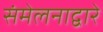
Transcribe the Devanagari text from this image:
संमेलनाद्वारे